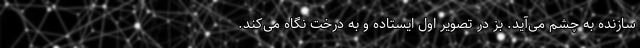
سازنده به چشم می‌آید. بز در تصویر اول ایستاده و به درخت نگاه می‌کند.